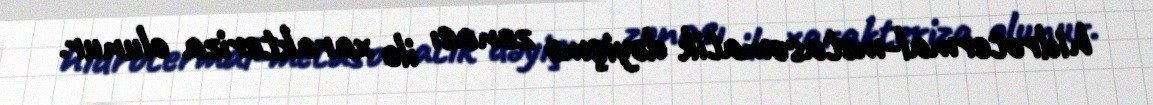
hidrotermal-metasomatik dəyişmə zonası ilə xarakteriza olunur.